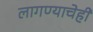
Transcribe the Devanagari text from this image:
लागण्याचेही